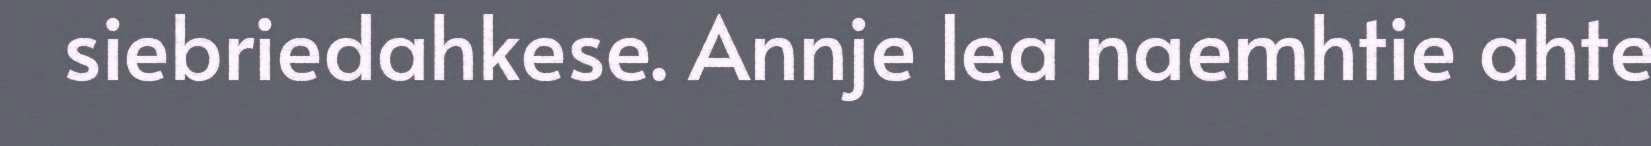
siebriedahkese. Annje lea naemhtie ahte